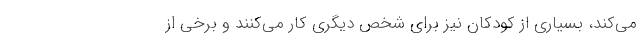
می‌کند، بسیاری از کودکان نیز برای شخص دیگری کار می‌کنند و برخی از